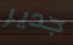
جدير